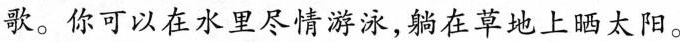
歌。你可以在水里尽情游泳，躺在草地上晒太阳。